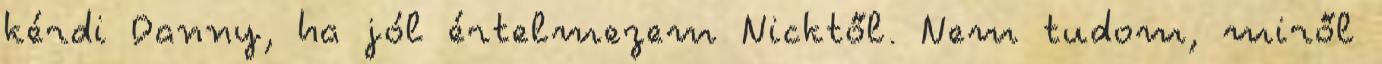
kérdi Danny, ha jól értelmezem Nicktől. Nem tudom, miről